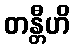
တန္တီဟိ